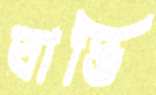
বাঙি